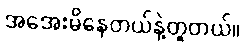
အအေးမိနေတယ်နဲ့တူတယ်။